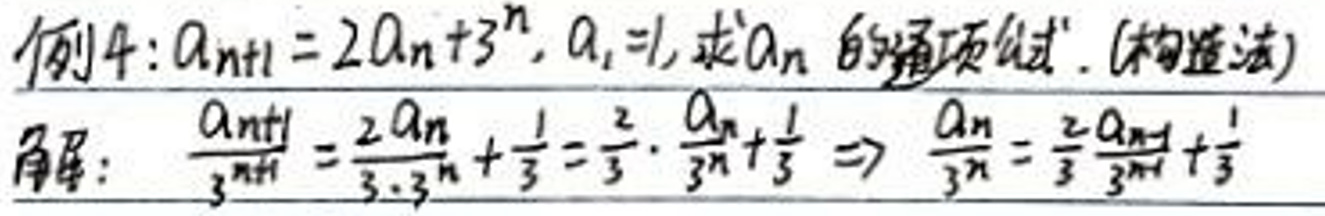
例4：$a_{n + 1}=2a_{n}+3^{n},a_{1}=1$, 求$a_{n}$的通项公式. (构造法)

解：$\frac{a_{n + 1}}{3^{n + 1}}=\frac{2a_{n}}{3\cdot3^{n}}+\frac{1}{3}=\frac{2}{3}\cdot\frac{a_{n}}{3^{n}}+\frac{1}{3}\Rightarrow\frac{a_{n}}{3^{n}}=\frac{2}{3}\frac{a_{n - 1}}{3^{n - 1}}+\frac{1}{3}$